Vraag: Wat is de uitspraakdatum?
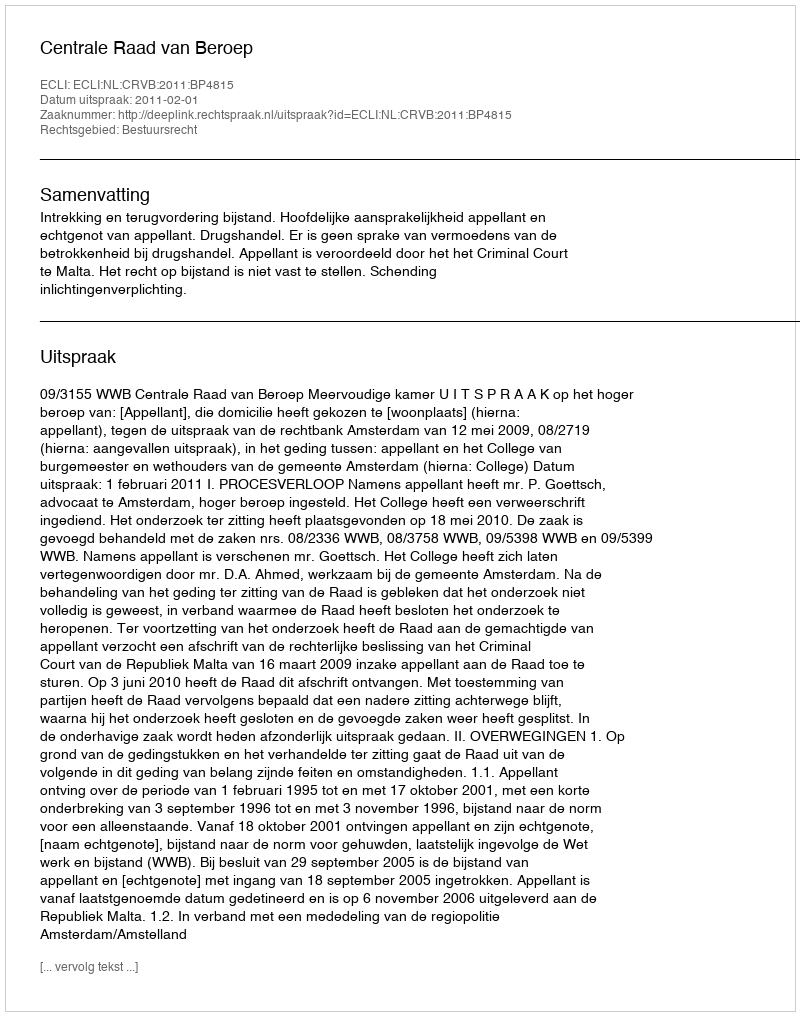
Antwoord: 2011-02-01